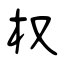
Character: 权